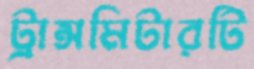
ট্রান্সমিটারটি